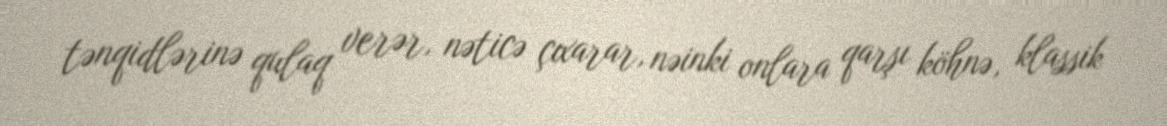
tənqidlərinə qulaq verər, nəticə çıxarar, nəinki onlara qarşı köhnə, klassik